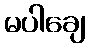
မပါချေ